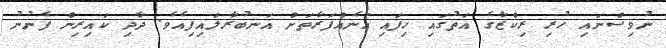
ނުވިސްނައި ހުރި ރިކްޒާގެ އަތުގައި ހިފައި އަނެއްފަރާތަށް އަނބުރާލައިފިއެވެ. ދާދި ކައިރިން ފެނުނު